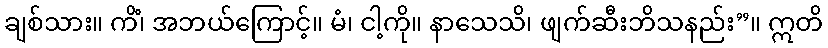
ချစ်သား။ ကိံ၊ အဘယ်ကြောင့်။ မံ၊ ငါ့ကို။ နာသေသိ၊ ဖျက်ဆီးဘိသနည်း”။ ဣတိ